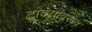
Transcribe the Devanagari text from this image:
टाक्यांवरून